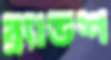
ব্র্যাডশ